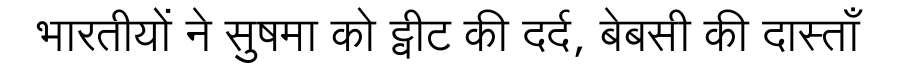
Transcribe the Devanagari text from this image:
भारतीयों ने सुषमा को ट्वीट की दर्द, बेबसी की दास्ताँ